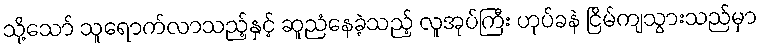
သို့သော် သူရောက်လာသည့်နှင့် ဆူညံနေခဲ့သည့် လူအုပ်ကြီး ဟုပ်ခနဲ ငြိမ်ကျသွားသည်မှာ